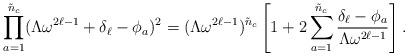
LaTeX: \begin{align*}\prod_{a=1}^{\tilde{n}_{c}} (\Lambda \omega^{2\ell-1} + \delta_{\ell}-\phi_{a})^{2} = (\Lambda \omega^{2\ell-1})^{\tilde{n}_{c}} \left[ 1 + 2 \sum_{a=1}^{\tilde{n}_{c}} \frac{\delta_{\ell}-\phi_{a}}{\Lambda\omega^{2\ell-1}} \right]. \end{align*}